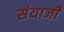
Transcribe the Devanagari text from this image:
संयाजी